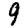
Digit: 9